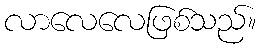
လာလေလေဖြစ်သည်။